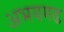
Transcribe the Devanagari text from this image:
अभयगढ